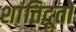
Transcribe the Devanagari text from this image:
शांतिदूतों